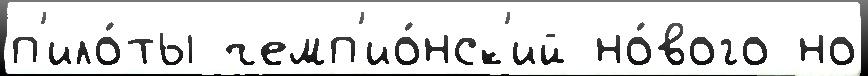
п'ило́ты чемп'ио́нск'ий но́вого но